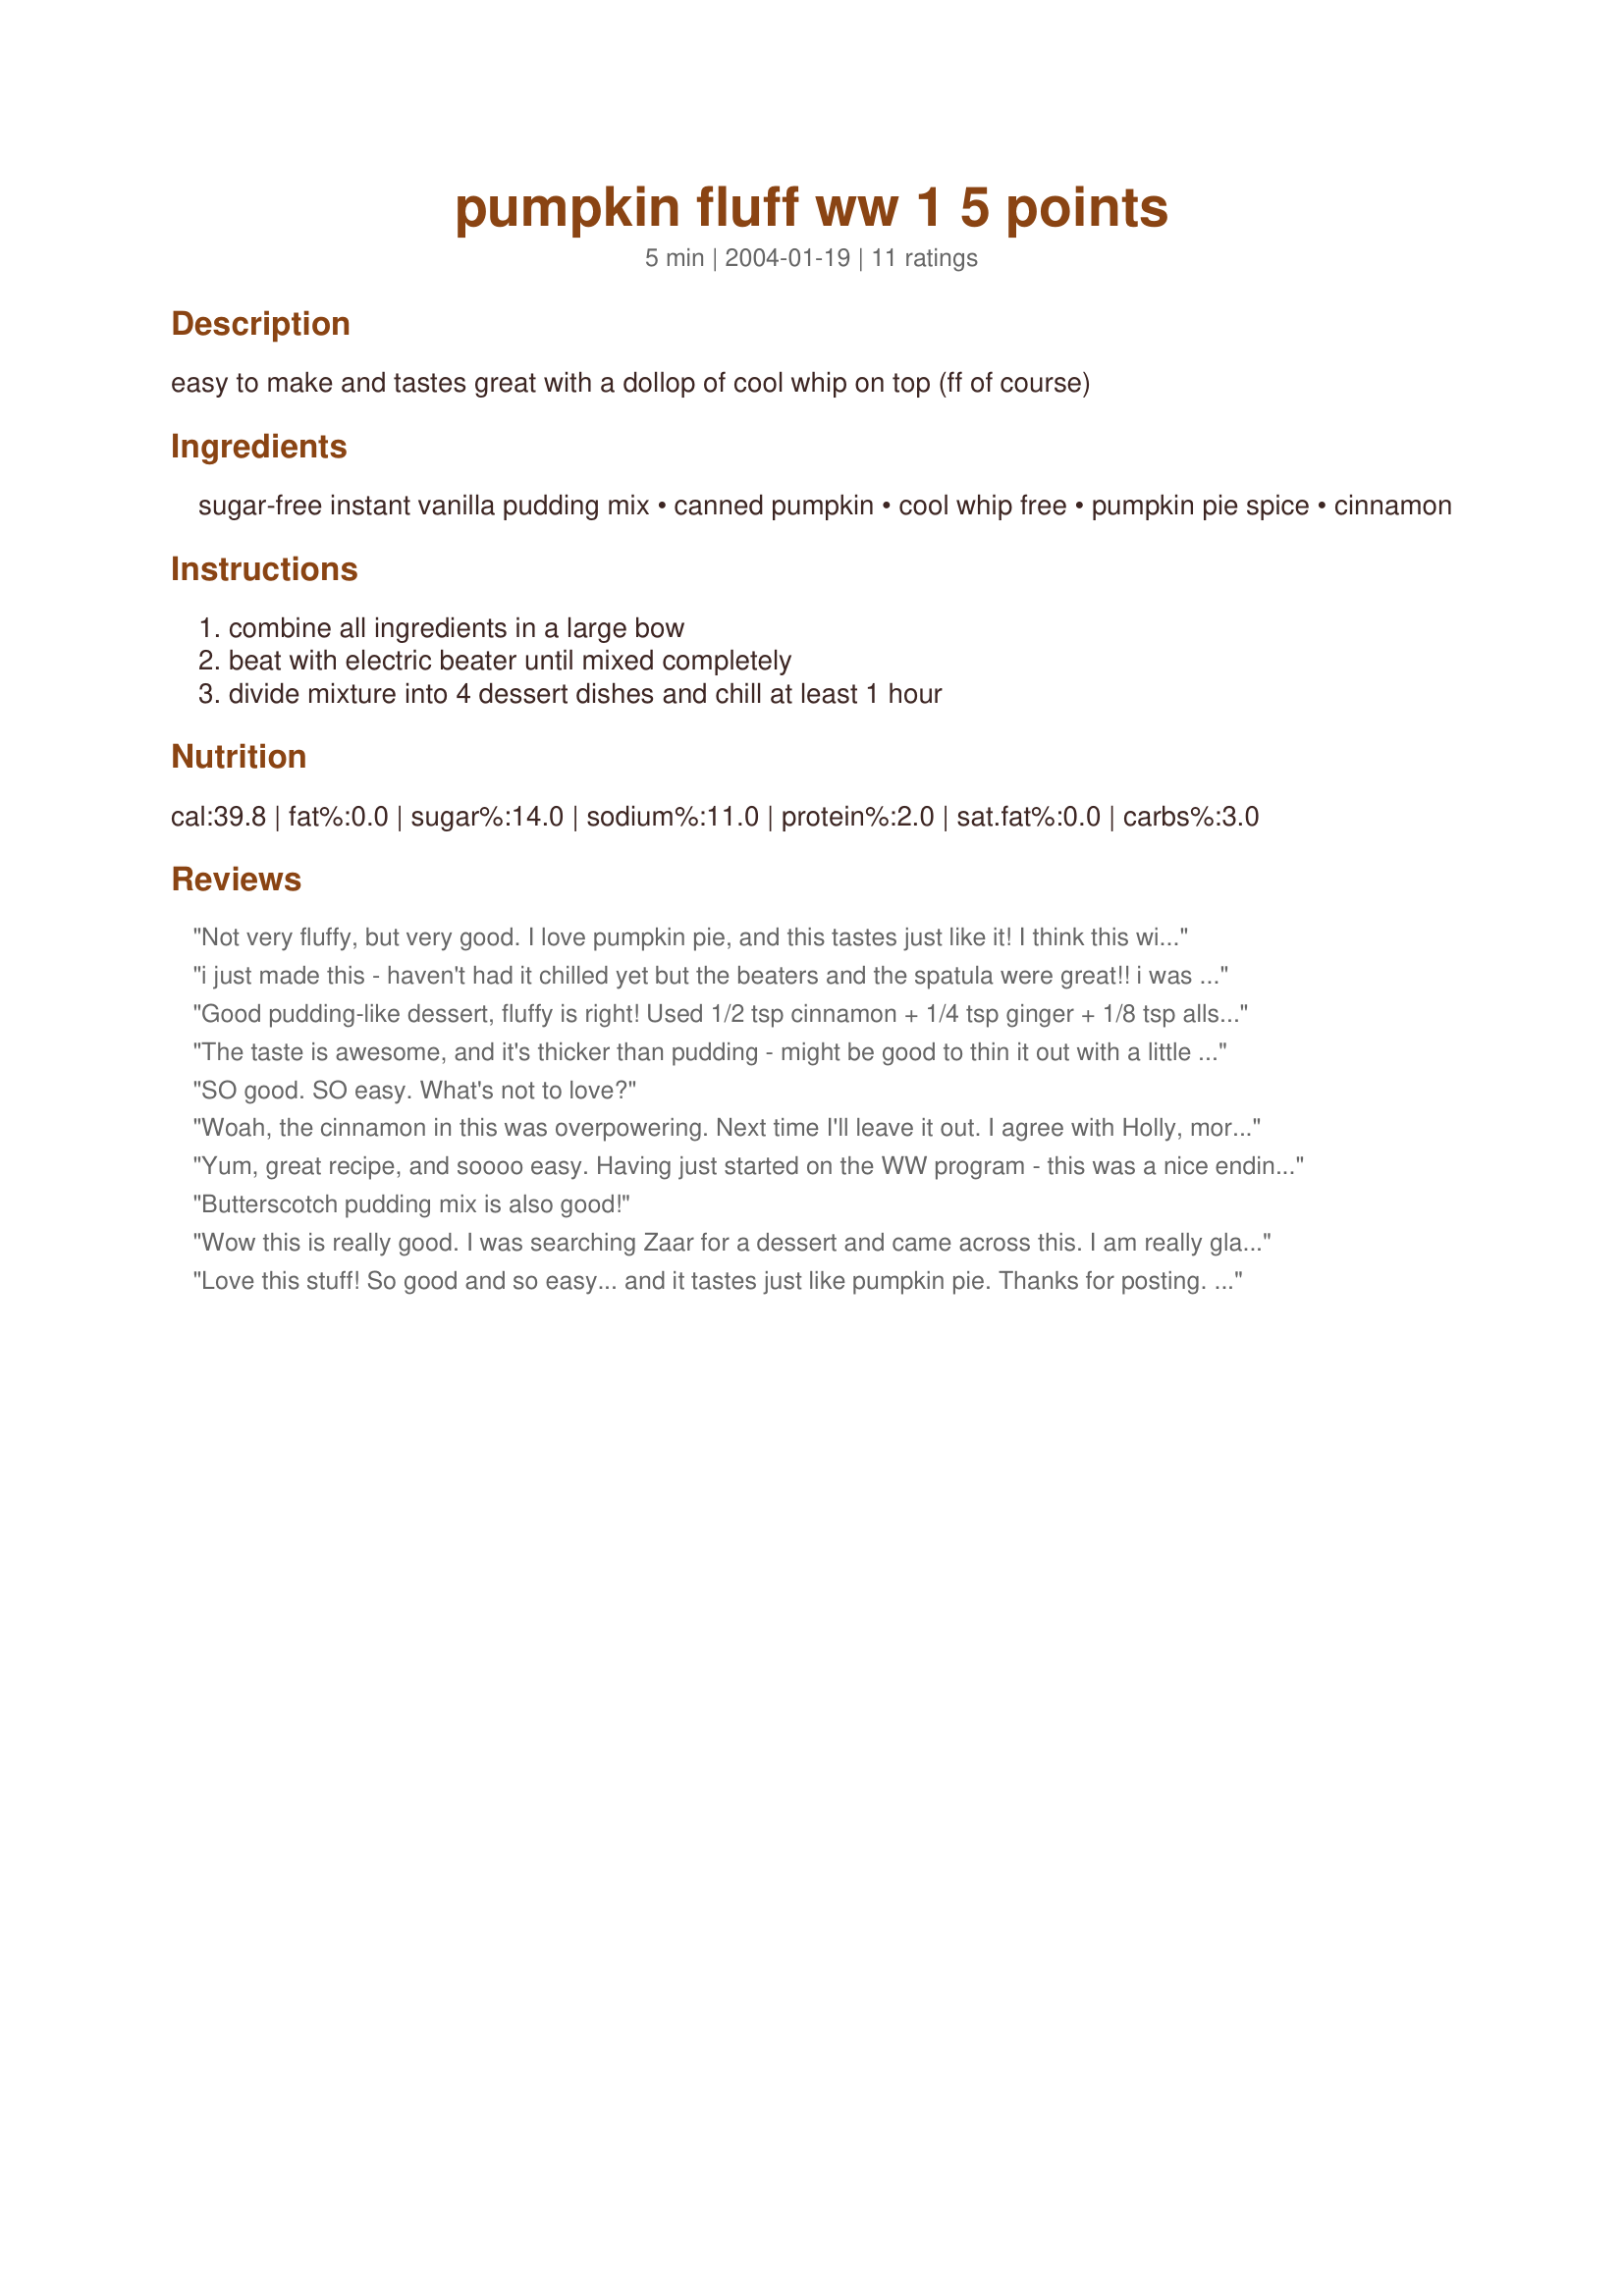
pumpkin fluff ww 1 5 points
Preparation time: 5 minutes

easy to make and tastes great with a dollop of cool whip on top (ff of course)

Ingredients:
sugar-free instant vanilla pudding mix, canned pumpkin, cool whip free, pumpkin pie spice, cinnamon

Steps:
combine all ingredients in a large bow, beat with electric beater until mixed completely, divide mixture into 4 dessert dishes and chill at least 1 hour

Reviews:
Not very fluffy, but very good. I love pumpkin pie, and this tastes just like it! I think this will make a good pie in a reduced fat/calorie crust. (Oh, and based on my calculations, it's 2 pts. per serving.)
i just made this - haven't had it chilled yet but the beaters and the spatula were great!! i was a little short on the ff cool whip so i added about a quater cup of 1%milk. i also divided it into 6 custard cups. by the calculations on my handy dandy ww calculator and using the package nutrition info 5 servings would be 1 point. i've lost 50 lbs on ww and it's recipes like this that keep me on track. thanks for posting.
Good pudding-like dessert, fluffy is right! Used 1/2 tsp cinnamon + 1/4 tsp ginger + 1/8 tsp allspice + 1/8 tsp nutmeg in place of pumpkin spice (per 'zaar suggestion when clicking on pumpkin spice mix). My kids love this, and it's definitely a point friendly sweet way to end the evening. I'm not a fan of the aftertaste, and I think it has to do with the jell-o mix.
The taste is awesome, and it's thicker than pudding - might be good to thin it out with a little milk and less whipped cream. I'll play with that next tme I make it. Very nice dessert!
SO good. SO easy. What's not to love?
Woah, the cinnamon in this was overpowering. Next time I'll leave it out. I agree with Holly, more cool whip makes it better.
Yum, great recipe, and soooo easy. Having just started on the WW program - this was a nice ending to my meal, it solved that craving for something sweet without going off my points. So good too, DH isn't on a diet and he loved it too. This is something I'll be keeping in my fridge for those days when I'm running out of points but hungry. Thanks for posting.
Butterscotch pudding mix is also good!
Wow this is really good. I was searching Zaar for a dessert and came across this. I am really glad I made this. I doubled the recipe because I only had a 29 ounce can of pumpkin. I followed the recipe as written other then I didn't add the cinnamon as I'm not a huge fan. I also used Sugar Free Cool Whip. Hubby ate half of this before I even got to put it in the fridge. We will be making this more often. Thanks for the quick, easy and tasty dessert.
Love this stuff! So good and so easy... and it tastes just like pumpkin pie. Thanks for posting. Update: BTW... a full 8-oz container of ff cool whip makes this an even 2 points per serving (according to ww recipe builder) and makes for a much fluffier, smoother texture. I highly recommend going that route for only a 0.5 point difference. My whole family loves this. Thanks again!
I love pumpkin so I really liked this. Like the others I used the full Cool Whip 8 oz. I'm wondering if the recipe owner used prepared vanilla pudding and maybe that's why the rest of us used more Cool Whip? Prepared would be very different. This is a great recipe for things you can keep on hand for a last minute idea. Thanks
